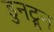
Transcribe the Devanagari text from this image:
डुनट्रून